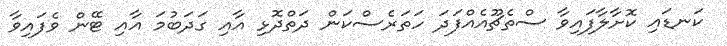
ކަނޑައި ކޮށާލާފައިވާ ސްތެޗޫއެއްފަދަ ހަތަރެސްކަން ދަތްދޮޅި އާއި ގަދަބުމަ އާއި ޓޭން ވެފައިވާ